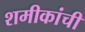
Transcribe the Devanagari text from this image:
शमीकांची